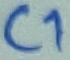
Text: C1